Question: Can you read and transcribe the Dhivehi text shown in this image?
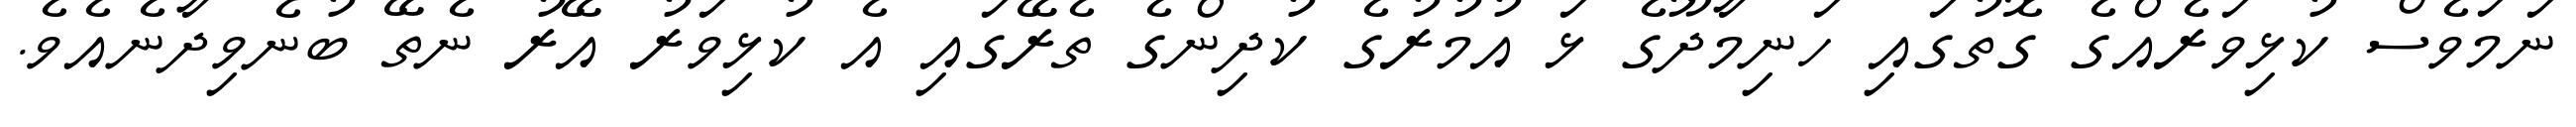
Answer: ނަމަވެސް ކުޅިވަރެއްގެ ގޮތުގައި ހަނިމާދޫގެ ޅަ އުމުރުގެ ކުދިންގެ ތެރޭގައި އެ ކުޅިވަރު އޭރު ނެތޭ ބުނެވިދާނެއެވެ.